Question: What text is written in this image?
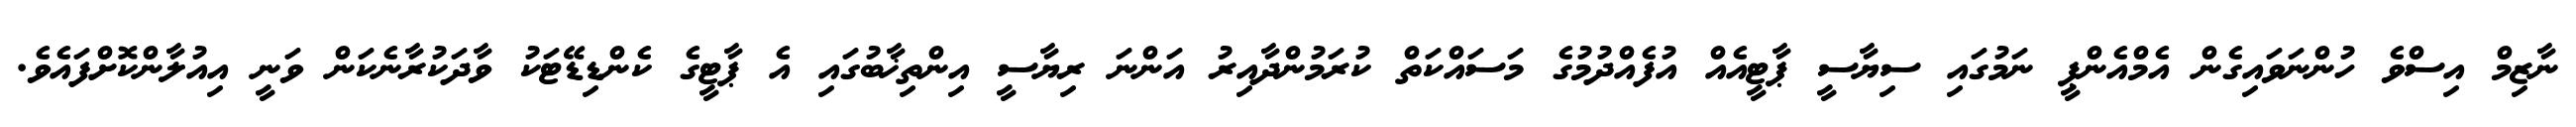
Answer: ނާޒިމް އިސްވެ ހުންނަވައިގެން އެމްއެންޕީ ނަމުގައި ސިޔާސީ ޕާޓީއެއް އުފެއްދުމުގެ މަސައްކަތް ކުރަމުންދާއިރު އަންނަ ރިޔާސީ އިންތިޚާބުގައި އެ ޕާޓީގެ ކެންޑިޑޭޓަކު ވާދަކުރާނެކަން ވަނީ އިއުލާންކޮށްފައެވެ.